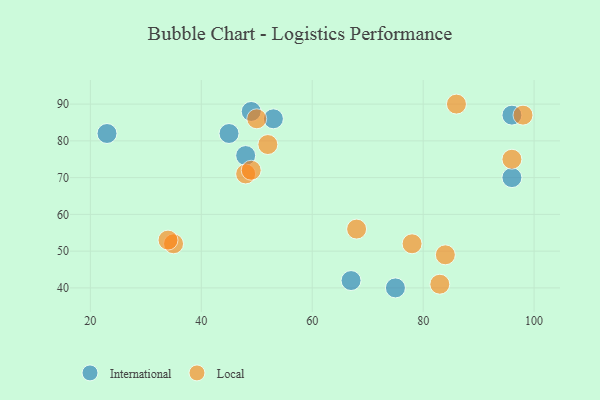
{"axis": {"x": "GDP", "y": "Life Expectancy"}, "legend": ["International", "Local"], "data": [{"x": "23", "y": 82, "type": "International"}, {"x": "49", "y": 88, "type": "International"}, {"x": "53", "y": 86, "type": "International"}, {"x": "75", "y": 40, "type": "International"}, {"x": "48", "y": 76, "type": "International"}, {"x": "45", "y": 82, "type": "International"}, {"x": "67", "y": 42, "type": "International"}, {"x": "96", "y": 70, "type": "International"}, {"x": "96", "y": 87, "type": "International"}, {"x": "84", "y": 49, "type": "Local"}, {"x": "50", "y": 86, "type": "Local"}, {"x": "48", "y": 71, "type": "Local"}, {"x": "86", "y": 90, "type": "Local"}, {"x": "78", "y": 52, "type": "Local"}, {"x": "98", "y": 87, "type": "Local"}, {"x": "52", "y": 79, "type": "Local"}, {"x": "68", "y": 56, "type": "Local"}, {"x": "49", "y": 72, "type": "Local"}, {"x": "35", "y": 52, "type": "Local"}, {"x": "34", "y": 53, "type": "Local"}, {"x": "96", "y": 75, "type": "Local"}, {"x": "83", "y": 41, "type": "Local"}]}